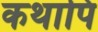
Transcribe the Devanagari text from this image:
कथापि